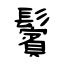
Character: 鬢